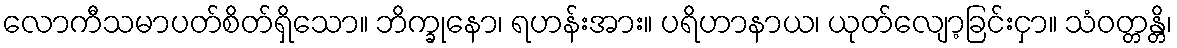
လောကီသမာပတ်စိတ်ရှိသော။ ဘိက္ခုနော၊ ရဟန်းအား။ ပရိဟာနာယ၊ ယုတ်လျော့ခြင်းငှာ။ သံဝတ္တန္တိ၊